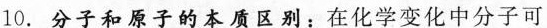
10.分子和原子的本质区别：在化学变化中分子可